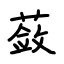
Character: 蔹